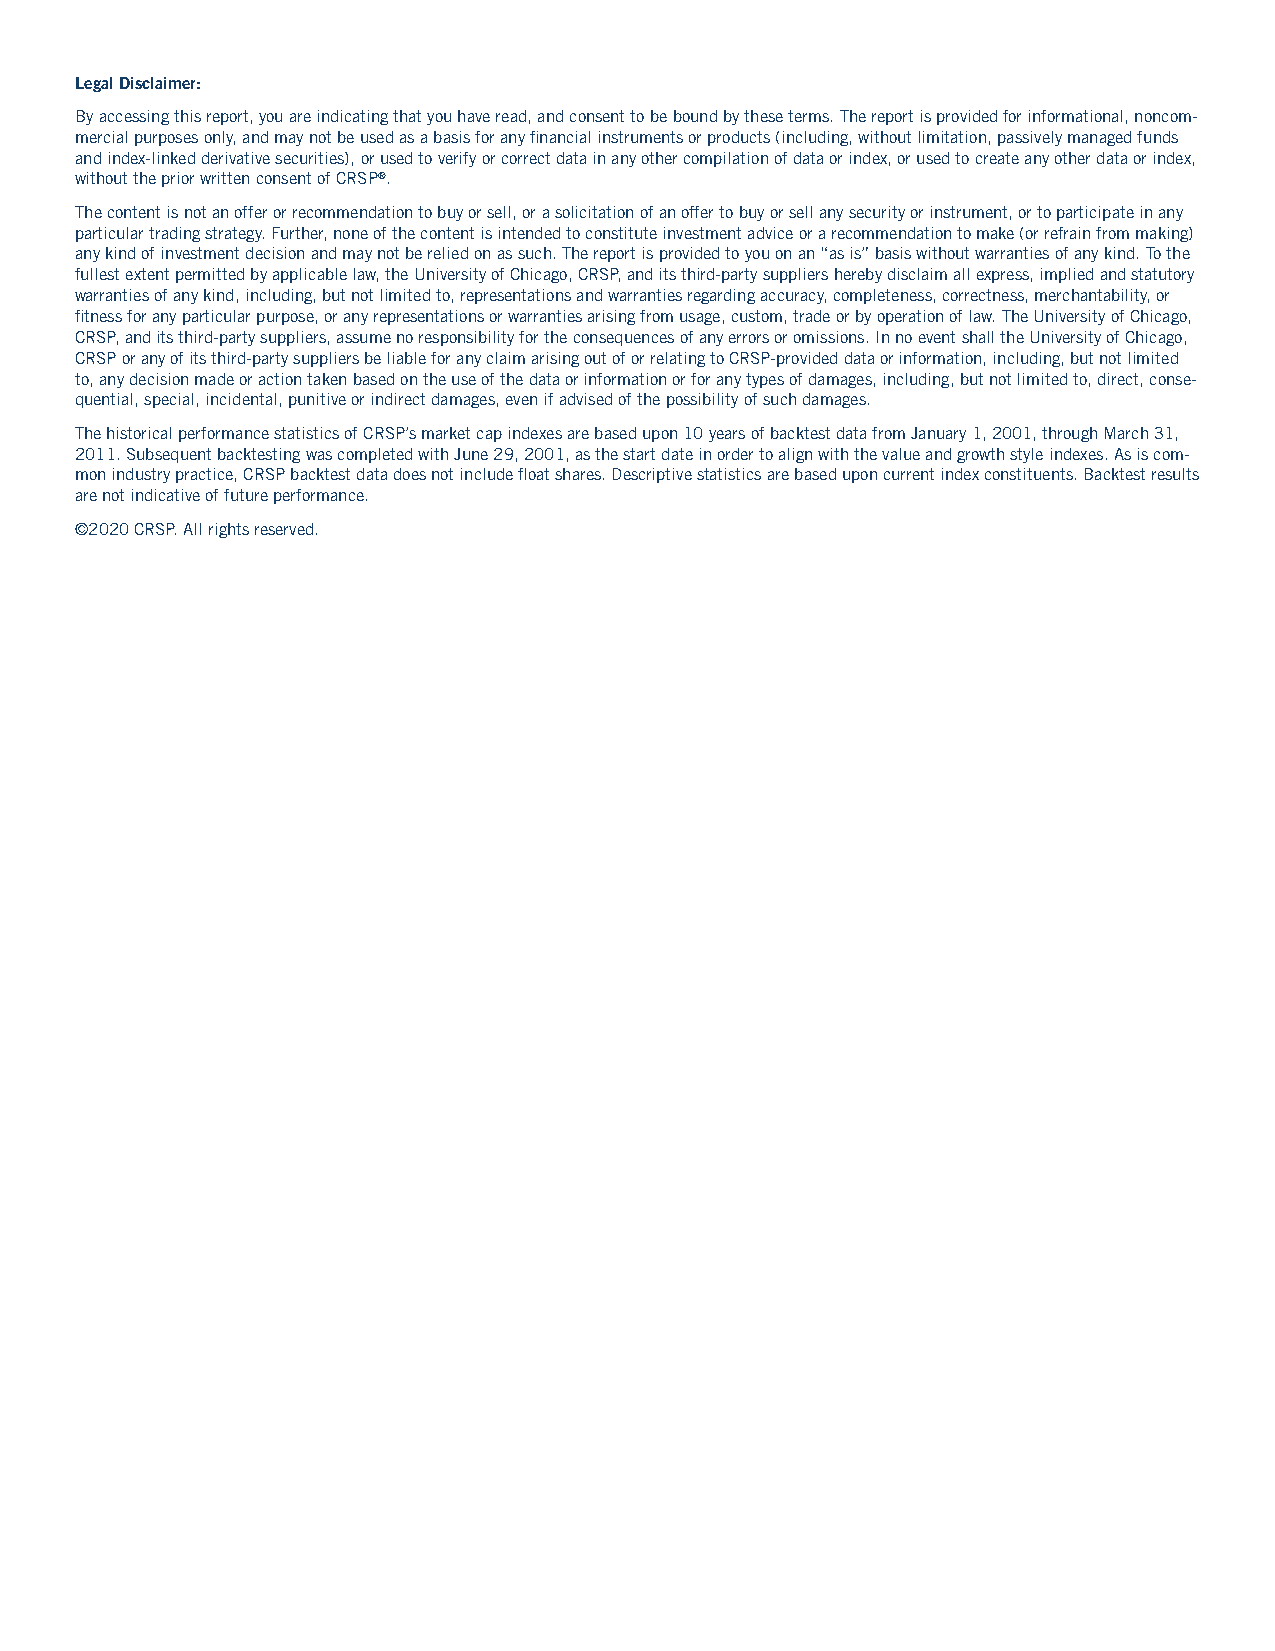
Legal Disclaimer:
 By accessing this report, you are indicating that you have read, and consent to be bound by these terms. The report is provided for informational, noncom-
 mercial purposes only, and may not be used as a basis for any financial instruments or products (including, without limitation, passively managed funds
 and index-linked derivative securities), or used to verify or correct data in any other compilation of data or index, or used to create any other data or index,
 without the prior written consent of CRSP®.
 The content is not an offer or recommendation to buy or sell, or a solicitation of an offer to buy or sell any security or instrument, or to participate in any
 particular trading strategy. Further, none of the content is intended to constitute investment advice or a recommendation to make (or refrain from making)
 any kind of investment decision and may not be relied on as such. The report is provided to you on an “as is” basis without warranties of any kind. To the
 fullest extent permitted by applicable law, the University of Chicago, CRSP, and its third-party suppliers hereby disclaim all express, implied and statutory
 warranties of any kind, including, but not limited to, representations and warranties regarding accuracy, completeness, correctness, merchantability, or
 fitness for any particular purpose, or any representations or warranties arising from usage, custom, trade or by operation of law. The University of Chicago,
 CRSP, and its third-party suppliers, assume no responsibility for the consequences of any errors or omissions. In no event shall the University of Chicago,
 CRSP or any of its third-party suppliers be liable for any claim arising out of or relating to CRSP-provided data or information, including, but not limited
 to, any decision made or action taken based on the use of the data or information or for any types of damages, including, but not limited to, direct, conse-
 quential, special, incidental, punitive or indirect damages, even if advised of the possibility of such damages.
 The historical performance statistics of CRSP’s market cap indexes are based upon 10 years of backtest data from January 1, 2001, through March 31,
 2011. Subsequent backtesting was completed with June 29, 2001, as the start date in order to align with the value and growth style indexes. As is com-
 mon industry practice, CRSP backtest data does not include float shares. descriptive statistics are based upon current index constituents. Backtest results
 are not indicative of future performance.
 ©2020 CRSP. All rights reserved.